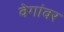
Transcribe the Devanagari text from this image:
वेगांवर